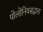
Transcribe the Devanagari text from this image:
पोलोनियसद्वारा